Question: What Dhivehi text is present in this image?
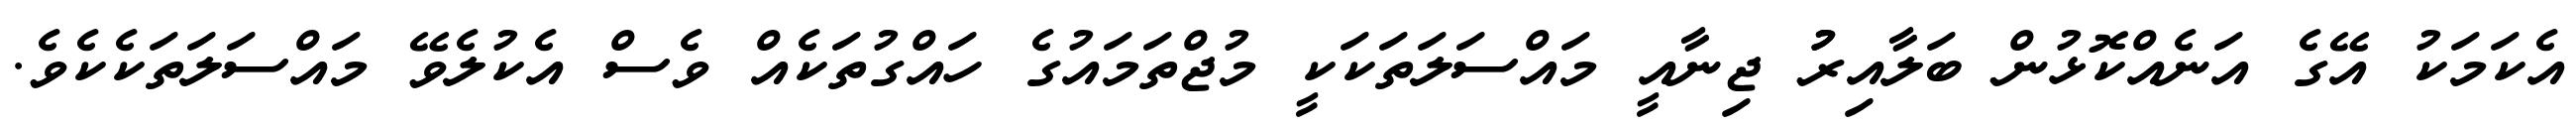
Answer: އެކަމަކު އޭގެ އަނެއްކޮޅުން ބަލާއިރުު ޖިނާއީ މައްސަލަތަކަކީ މުޖްތަމައުގެ ހައްގުތަކެއް ވެސް އެކުލެވޭ މައްސަލަތަކެކެވެ.